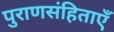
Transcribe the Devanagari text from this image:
पुराणसंहिताएँ